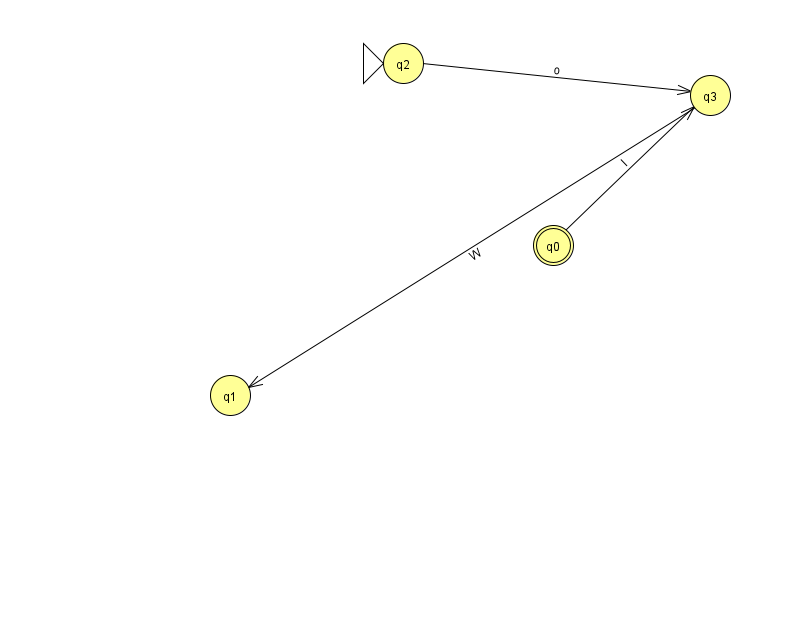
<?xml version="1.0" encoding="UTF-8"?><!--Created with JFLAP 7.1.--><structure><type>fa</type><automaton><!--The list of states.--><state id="0" name="q0"><x>553.0</x><y>232.0</y><final/></state><state id="1" name="q1"><x>230.0</x><y>382.0</y></state><state id="2" name="q2"><x>403.0</x><y>50.0</y><initial/></state><state id="3" name="q3"><x>710.0</x><y>82.0</y></state><!--The list of transitions.--><transition><from>2</from><to>3</to><read>o</read></transition><transition><from>0</from><to>3</to><read>I</read></transition><transition><from>3</from><to>1</to><read>W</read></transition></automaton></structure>